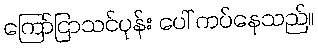
ကြော်ငြာသင်ပုန်း ပေါ် ကပ်နေသည်။